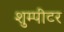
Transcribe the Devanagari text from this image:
शुम्पीटर